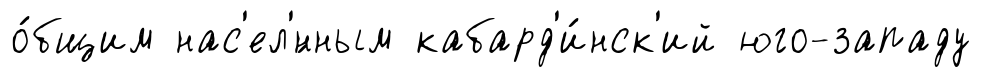
о́бщим нас'ел'́нным кабард'и́нск'ий юго-западу